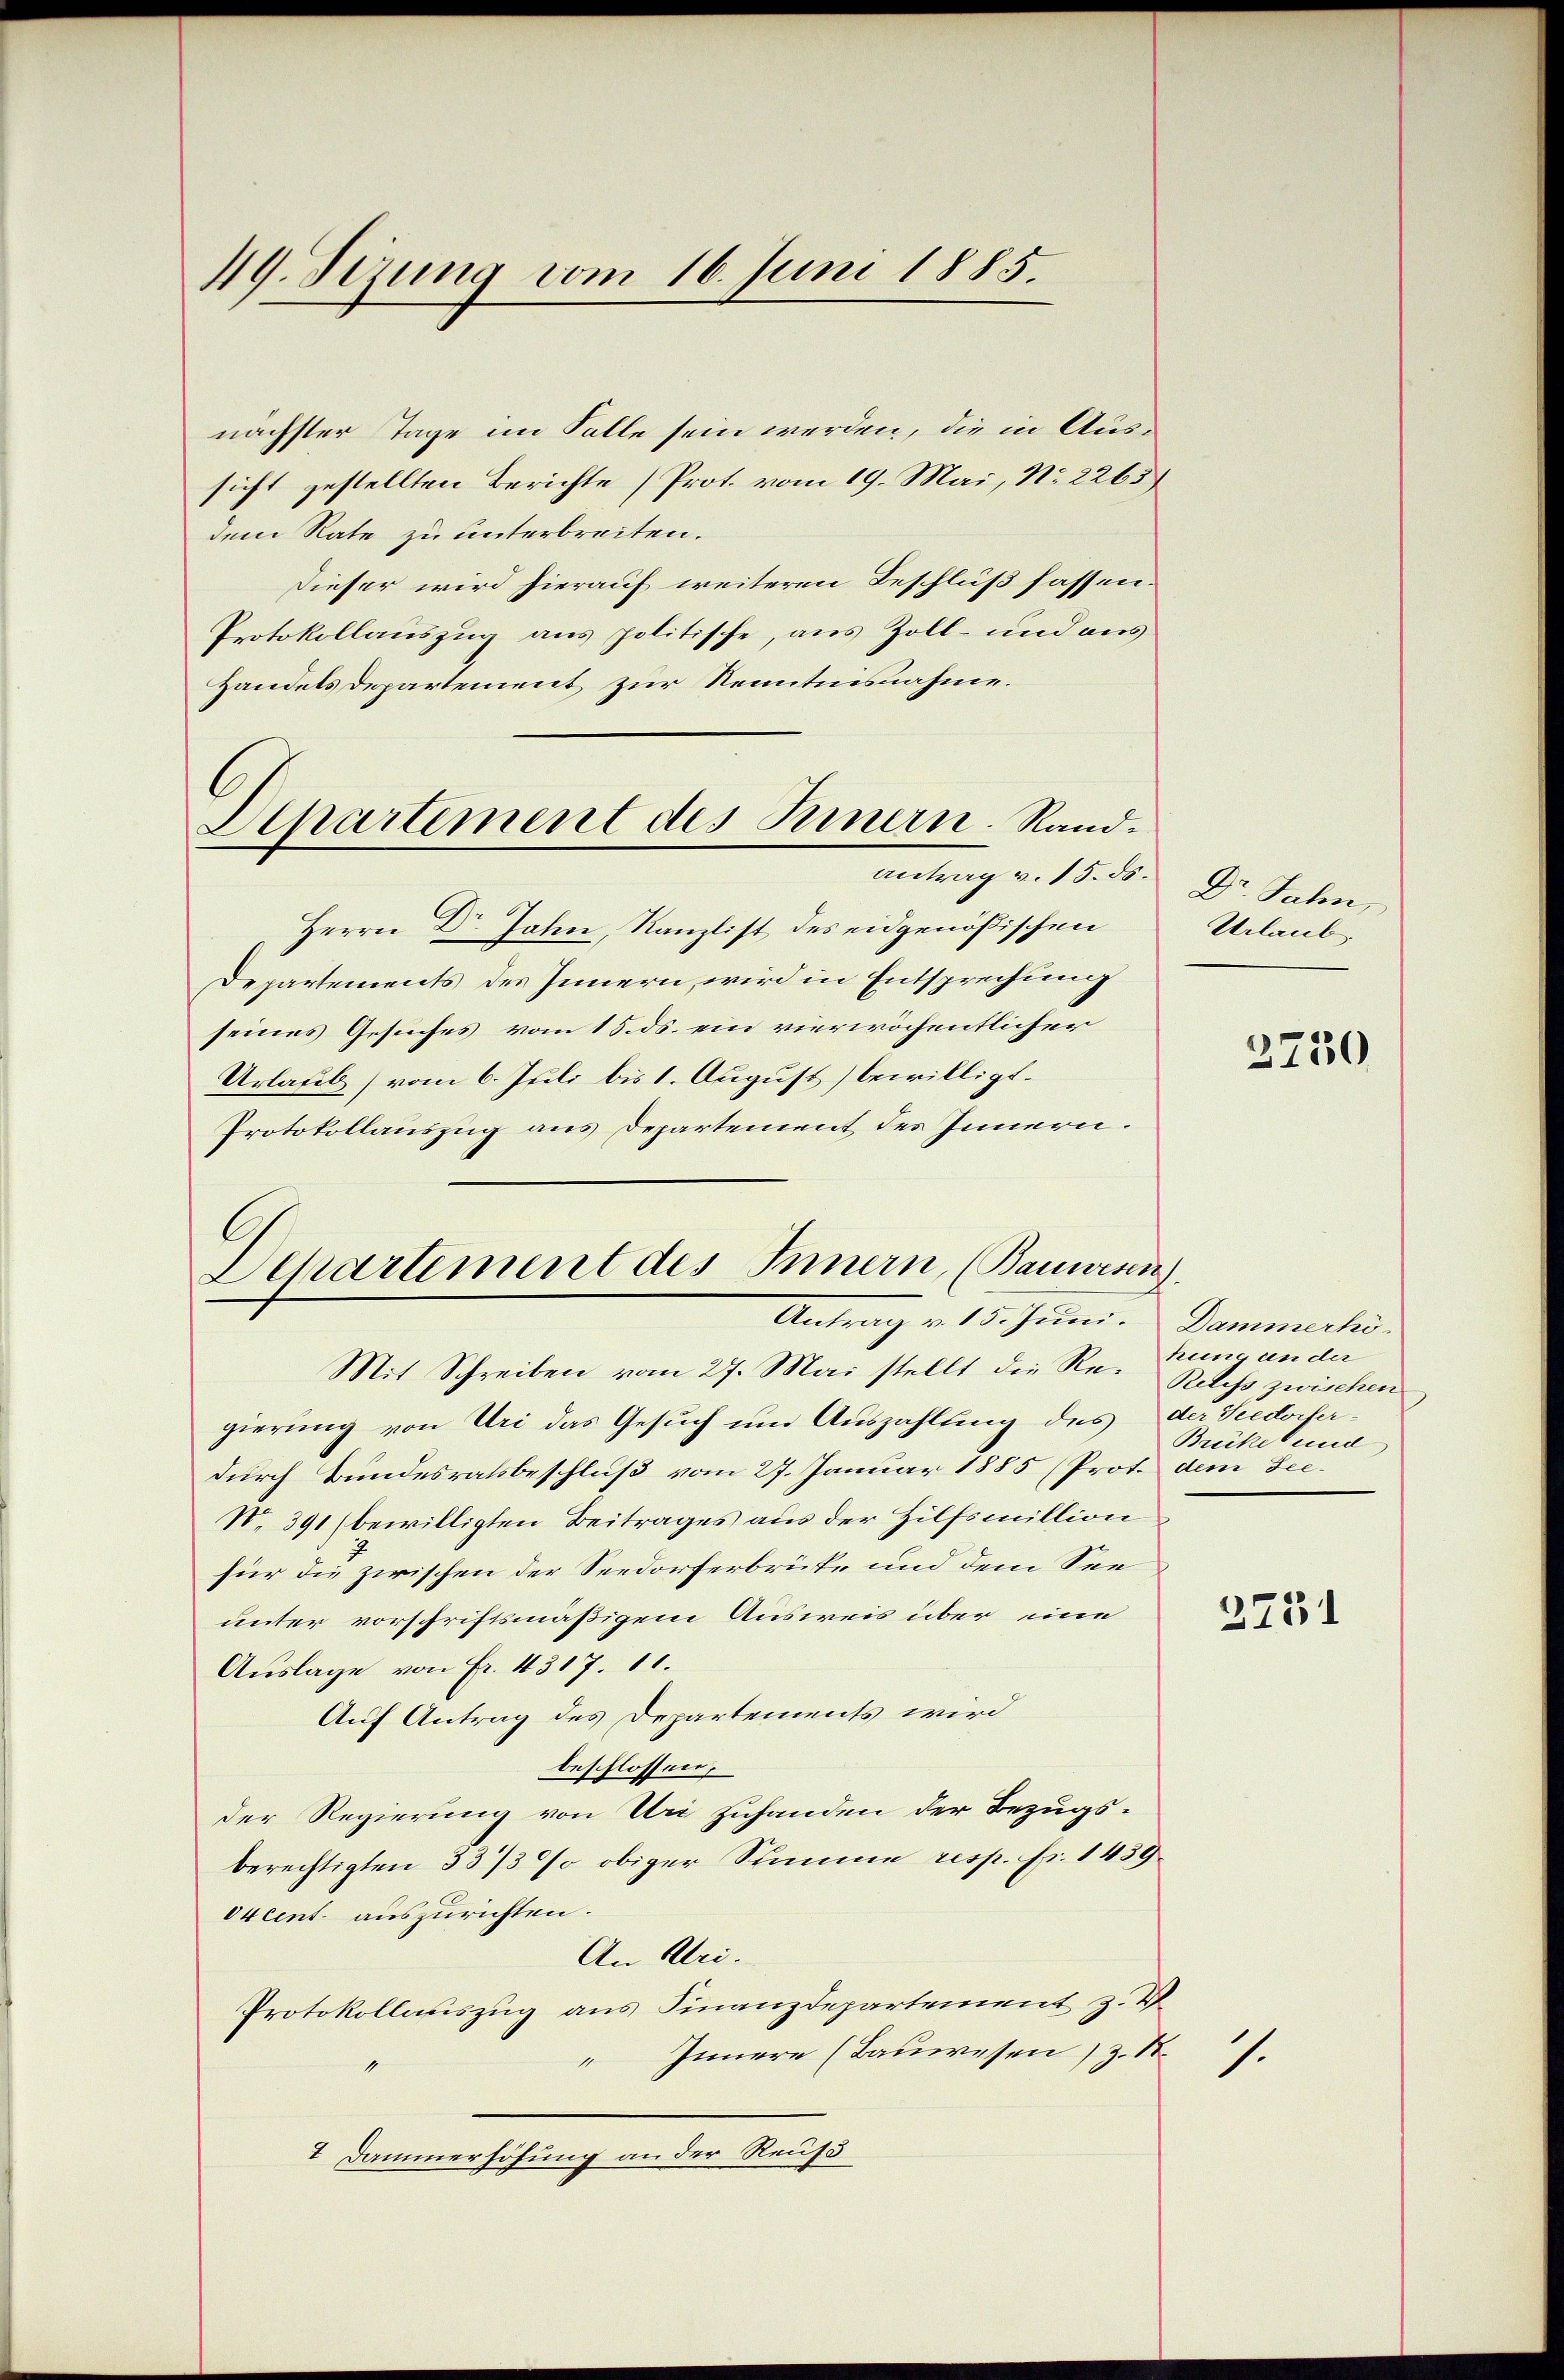
49. Sezung vom 16. Juni 1885.

nächster Tage im Falle sein werden, die in Aussicht gestellten Berichte (Prot. vom 19. Mai, No. 2265)
dem Rate zu unterbreiten.
Dieser wird hierauf weiteren Beschluß fassen.
Protokollauszug aus politische, aus Zoll- und aus
Handels Departement zur Kenntnisnahme.
Herrn Dr Jahn, Kanzlist des eidgenößischen
Departements des Innern, wird in Entsprechung
seines Gesuches vom 15. ds. ein vierwöchentlicher
Urlaub vom 6. Juli bis 1. August) bewilligt.
Protokollauszug aus Departement des Innern.
Mit Schreiben vom 27. Mai stellt die Re-zung an der
gierung von Uri das Gesuch um Auszahlung des der Seedorfer-
durch Bundesratsbeschluß vom 27. Januar 1885 (Prot. dem See¬
N. 391 (bewilligten Beitrages aus der Hilfsmillion
für die zwischen der Seedorferbrüte und dem Seeunter vorschriftsmäßigem Ausweis über eine
Auslage von Fr. 4317. 11.
Auf Antrag des Departements wird
beschlossen,
der Regierung von Uri zuhanden der Bezugsberechtigten 33/3 % obiger Stimme resp. pr. 1459.
Okcent auszurichten.
An Uri.
Protokollauszug aus Finanzdepartement z. V.
“ Innere (Bauwesen, z. St.
7 Dammerhöhung an der Reuss

Departement des Innern. Rand¬
Antrag v. 15. ds.

C
Departement des Innern, (Bauwesen.
Antrag v. 15. Juni. Dammerhi

Dr. Jahn,
Urlaub

1.

2730

Reless zwischen
Brückel und

2751